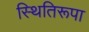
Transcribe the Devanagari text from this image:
स्थितिरूपा